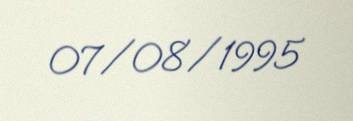
07/08/1995